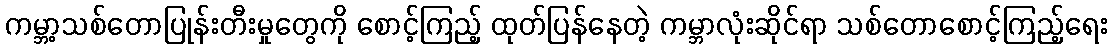
ကမ္ဘာ့သစ်တောပြုန်းတီးမှုတွေကို စောင့်ကြည့် ထုတ်ပြန်နေတဲ့ ကမ္ဘာလုံးဆိုင်ရာ သစ်တောစောင့်ကြည့်ရေး